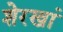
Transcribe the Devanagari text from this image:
शेरखां